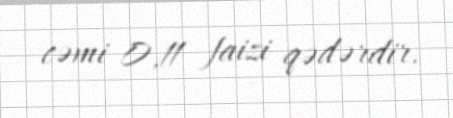
cəmi 0,11 faizi qədərdir.